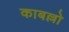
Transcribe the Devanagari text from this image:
काबल्लो